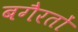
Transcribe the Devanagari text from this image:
बगैरतों